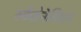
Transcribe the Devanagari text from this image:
स्केंडेनेवियन